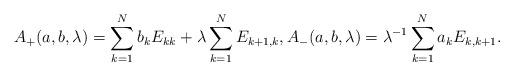
LaTeX: \begin{align*}A_+(a,b,\lambda) = \sum_{k=1}^N b_k E_{kk}+\lambda\sum_{k=1}^{N} E_{k+1,k},A_-(a,b,\lambda) = \lambda^{-1}\sum_{k=1}^{N} a_k E_{k,k+1}.\end{align*}